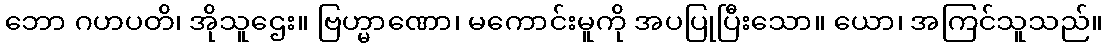
ဘော ဂဟပတိ၊ အိုသူဌေး။ ဗြဟ္မာဏော၊ မကောင်းမူကို အပပြုပြီးသော။ ယော၊ အကြင်သူသည်။